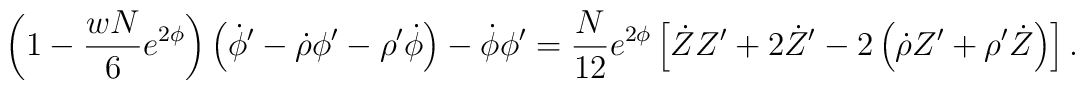
\left( 1 - \frac{wN}{6} e^{2\phi} \right) \left( \dot{\phi}' -\dot{\rho} \phi' - \rho' \dot{\phi} \right) - \dot{\phi} \phi'= \frac{N}{12} e^{2\phi} \left[ \dot{Z} Z' + 2\dot{Z}' - 2 \left( \dot{\rho} Z' + \rho'  \dot{Z} \right) \right].